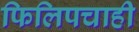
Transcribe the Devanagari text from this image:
फिलिपचाही